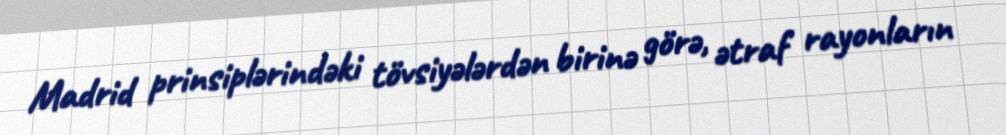
Madrid prinsiplərindəki tövsiyələrdən birinə görə, ətraf rayonların